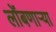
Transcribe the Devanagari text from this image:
लोंबणाऱ्या